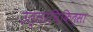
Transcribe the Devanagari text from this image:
उत्तरचिकित्सा